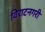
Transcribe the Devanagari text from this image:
विराटनगरी